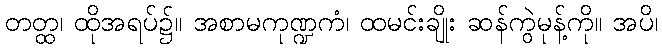
တတ္ထ၊ ထိုအရပ်၌။ အစာမကုဏ္ဍကံ၊ ထမင်းချိုး ဆန်ကွဲမုန့်ကို။ အပိ၊